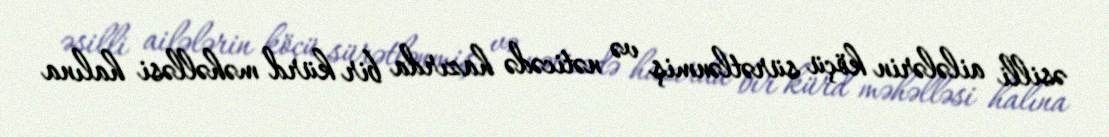
əsilli ailələrin köçü sürətlənmiş və nəticədə hazırda bir kürd məhəlləsi halına